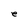
Character: e